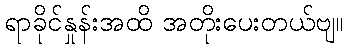
ရာခိုင်နှုန်းအထိ အတိုးပေးတယ်ဗျ။